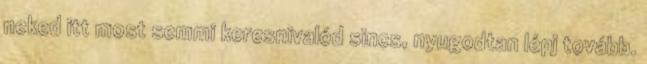
neked itt most semmi keresnivalód sincs, nyugodtan lépj tovább.